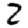
Digit: 2